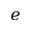
e